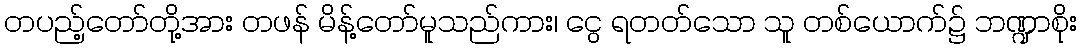
တပည့်တော်တို့အား တဖန် မိန့်တော်မူသည်ကား၊ ငွေ ရတတ်သော သူ တစ်ယောက်၌ ဘဏ္ဍာစိုး